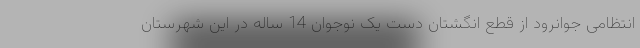
انتظامی جوانرود از قطع انگشتان دست یک نوجوان 14 ساله در این شهرستان